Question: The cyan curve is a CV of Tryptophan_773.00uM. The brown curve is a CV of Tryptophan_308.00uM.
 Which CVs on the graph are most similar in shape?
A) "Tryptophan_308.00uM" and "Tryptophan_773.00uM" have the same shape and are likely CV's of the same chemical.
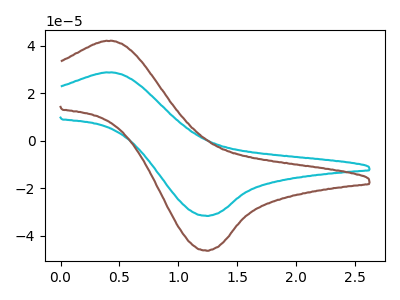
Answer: <think>The cyan curve "Tryptophan_773.00uM" has an anodic peak at (0.40V, 28.70uA) and a cathodic peak at (1.25V, -31.70uA). The brown curve "Tryptophan_308.00uM" has an anodic peak at (0.40V, 41.95uA) and a cathodic peak at (1.25V, -46.35uA).
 All the peaks in "Tryptophan_773.00uM" have a peak in "Tryptophan_308.00uM" at the same potential. Every peak in "Tryptophan_773.00uM" is lower than every peak in "Tryptophan_308.00uM".</think>
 <answer>A) "Tryptophan_308.00uM" and "Tryptophan_773.00uM" have the same shape and are likely CV's of the same chemical.</answer>
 <eval>A</eval>